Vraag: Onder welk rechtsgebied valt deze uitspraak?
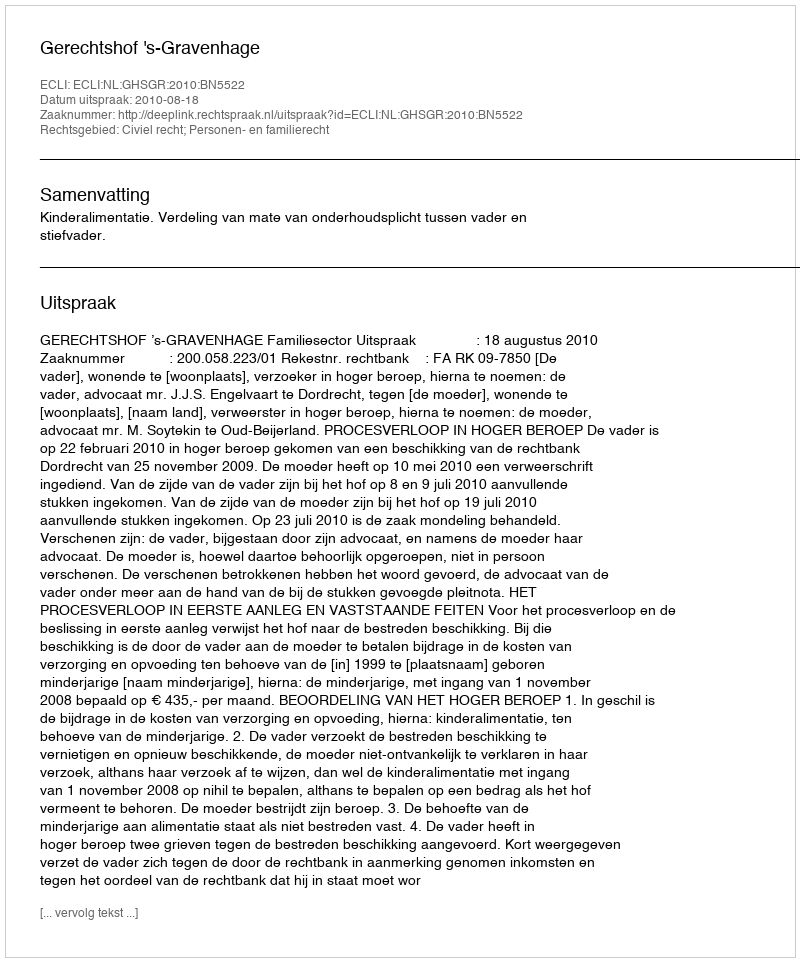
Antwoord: Civiel recht; Personen- en familierecht